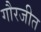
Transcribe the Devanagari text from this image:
गौरजीत